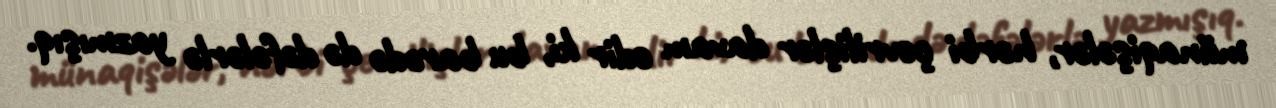
münaqişələr, hərbi çevrilişlər davam edir ki, bu barədə də dəfələrlə yazmışıq.